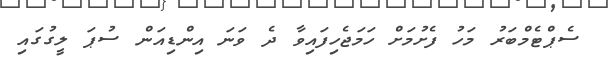
ސެޕްޓެމްބަރު މަހު ފެށުމަށް ހަމަޖެހިފައިވާ ދެ ވަނަ އިންޑިއަން ސުޕަ ލީގުގައި